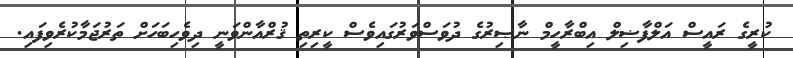
ކުރީގެ ރައީސް އަލްފާޟިލް އިބްރާހީމް ނާޞިރުގެ ދުވަސްވަރުގައިވެސް ކީރިތި ޤުރްއާންވަނީ ދިވެހިބަހަށް ތަރުޖަމާކުރެވިފައި.